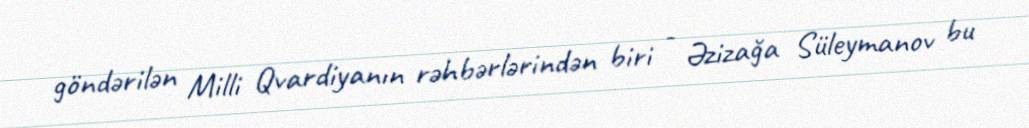
göndərilən Milli Qvardiyanın rəhbərlərindən biri - Əzizağa Süleymanov bu